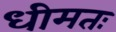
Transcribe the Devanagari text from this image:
धीमतः